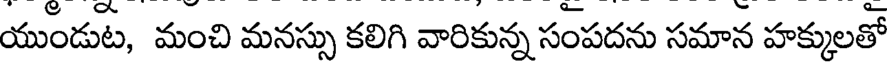
యుండుట, మంచి మనస్సు కలిగి వారికున్న సంపదను సమాన హక్కులతో